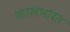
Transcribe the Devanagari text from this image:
कालभारत